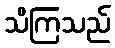
သိကြသည်